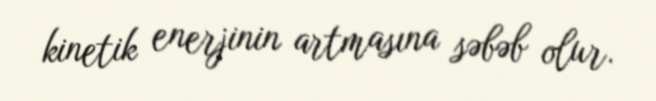
kinetik enerjinin artmasına səbəb olur.